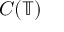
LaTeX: C ( \mathbb { T } )